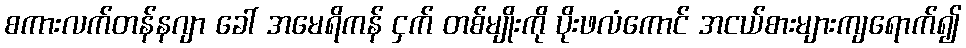
စကားလက်တန်နဂျာ ခေါ် အမေရိကန် ငှက် တစ်မျိုးကို ပိုးဖလံကောင် အငယ်စားများကျရောက်၍